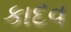
કાદવ